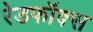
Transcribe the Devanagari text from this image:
रेडफॉक्स